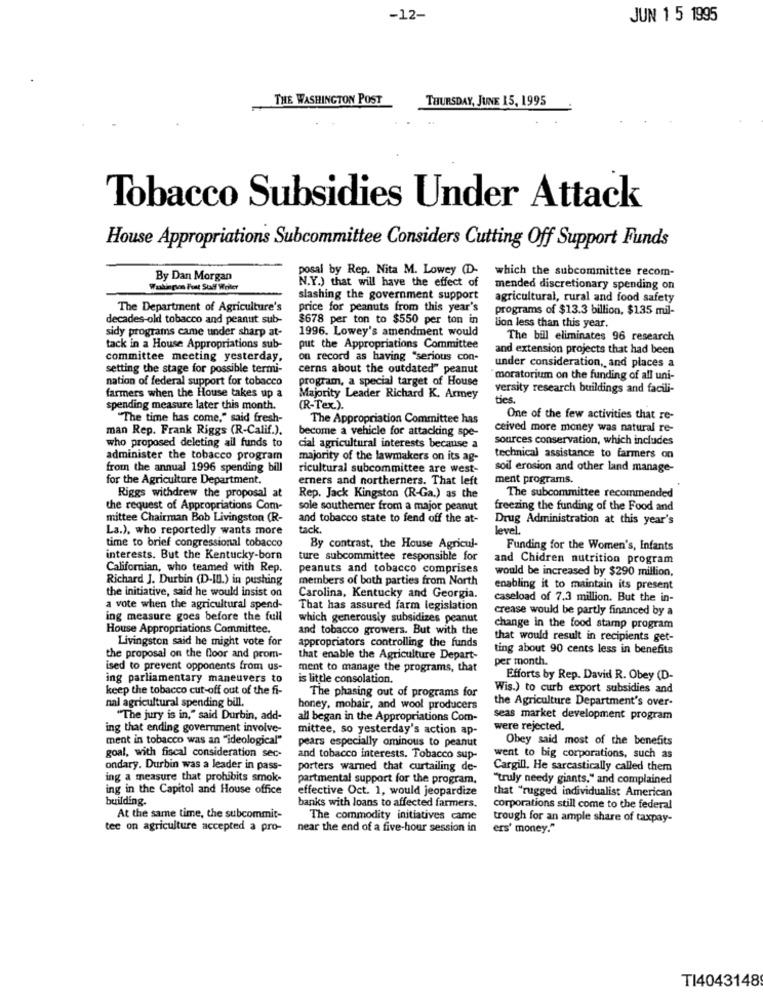
-12-
JUN 1 5 1995
THE WASHINGTON POST
THURSDAY, JUNE 15, 1995
Tobacco Subsidies Under Attack
House Appropriations Subcommittee Considers Cutting Off Support Funds
posal by Rep. Nita M. Lowey (D-
which the subcommittee recom-
By Dan Morgan
N.Y.) that will have the effect of
Washington Post Staff Weiler
mended discretionary spending on
slashing the government support
agricultural, rural and food safety
The Department of Agriculture's
price for peanuts from this year's
programs of $13.3 billion, $135 mil-
decades-old tobacco and peanut sub-
$678 per ton to $550 per ton in
sidy programs came under sharp at-
1996. Lowey's amendment would
lion less than this year.
The bill eliminates 96 research
tack in a House Appropriations sub-
put the Appropriations Committee
and extension projects that had been
committee meeting yesterday.
on record as having "serious con-
under consideration ,, and places a
setting the stage for possible termi-
cerns about the outdated" peanut
nation of federal support for tobacco
program, a special target of House
moratorium on the funding of all uni-
farmers when the House takes up a
versity research buildings and facili-
Majority Leader Richard K. Armey
ties.
spending measure later this month.
(R-Tex.).
"The time has come," said fresh-
The Appropriation Committee has
One of the few activities that re-
man Rep. Frank Riggs (R-Calif.).
become a vehicle for attacking spe-
ceived more money was natural re-
sources conservation, which includes
who proposed deleting all funds to
cial agricultural interests because a
administer the tobacco program
majority of the lawmakers on its ag-
technical assistance to farmers on
from the annual 1996 spending bill
ricultural subcommittee are west-
soil erosion and other land manage-
for the Agriculture Department,
erners and northerners. That left
ment programs.
Riggs withdrew the proposal at
Rep. Jack Kingston (R-Ga.) as the
The subcommittee recommended
the request of Appropriations Com-
sole southerner from a major peanut
freezing the funding of the Food and
mittee Chairman Bob Livingston (R-
and tobacco state to fend off the at-
Drug Administration at this year's
La.), who reportedly wants more
tack.
level.
time to brief congressional tobacco
By contrast, the House Agricul-
Funding for the Women's, Infants
interests. But the Kentucky-born
ture subcommittee responsible for
and Chidren nutrition program
Californian, who teamed with Rep.
peanuts and tobacco comprises
would be increased by $290 million,
Richard J. Durbin (D-ID.) in pushing
members of both parties from North
the initiative, said he would insist on
enabling it to maintain its present
Carolina, Kentucky and Georgia.
caseload of 7.3 million. But the in-
a vote when the agricultural spend-
That has assured farm legislation
crease would be partly financed by a
ing measure goes before the full
which generously subsidizes peanut
House Appropriations Committee.
and tobacco growers. But with the
change in the food stamp program
Livingston said he might vote for
that would result in recipients get-
appropriators controlling the funds
ting about 90 cents less in benefits
the proposal on the floor and prom-
that enable the Agriculture Depart-
per month.
ised to prevent opponents from us-
ment to manage the programs, that
ing parliamentary maneuvers to
is little consolation.
Efforts by Rep. David R. Obey (D-
keep the tobacco cut-off out of the fi-
The phasing out of programs for
Wis.) to curb export subsidies and
nal agricultural spending bill.
the Agriculture Department's over-
honey, mobair, and wool producers
"The jury is in," said Durbin, add-
all began in the Appropriations Com-
seas market development program
ing that ending government involve-
mittee, so yesterday's action ap-
were rejected.
ment in tobacco was an "ideological"
pears especially ominous to peanut
Obey said most of the benefits
goal, with fiscal consideration sec-
and tobacco interests, Tobacco sup-
went to big corporations, such as
ondary. Durbin was a leader in pass-
porters warned that curtailing de-
Cargill. He sarcastically called them
ing a measure that prohibits smok
partmental support for the program.
"truly needy giants," and complained
ing in the Capitol and House office
effective Oct. 1, would jeopardize
that "rugged individualist American
building.
banks with loans to affected farmers.
corporations still come to the federal
At the same time, the subcommit-
The commodity initiatives came
trough for an ample share of taxpay-
tee on agriculture accepted a pro-
near the end of a five-hour session in
ers' money."
TI4043148